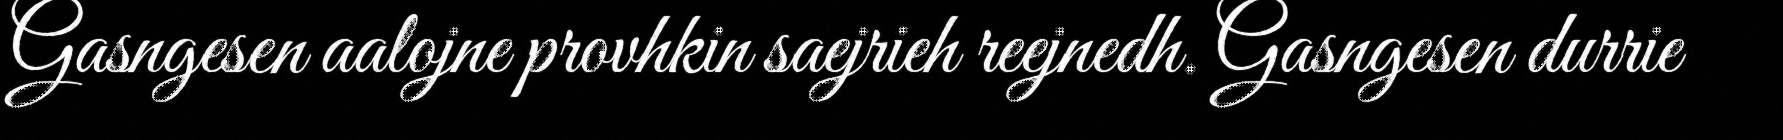
Gasngesen aalojne provhkin saejrieh reejnedh. Gasngesen durrie